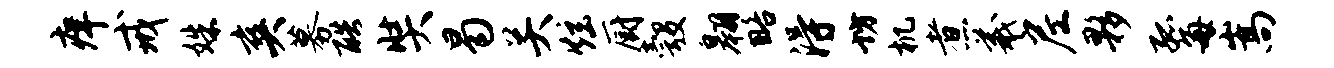
痒戒姝爽募酷奘曷关炫厨彀翱略得坊机煮羲尼夥孤每嵩